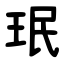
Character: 珉